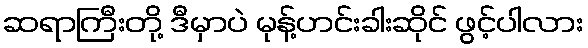
ဆရာကြီးတို့ ဒီမှာပဲ မုန့်ဟင်းခါးဆိုင် ဖွင့်ပါလား